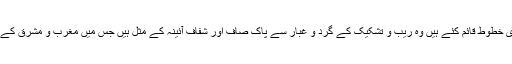
انہوں نے شعر و ادب کے جو ادبی معیارات اور تنقیدی خطوط قائم کئے ہیں وہ ریب و تشکیک کے گرد و غبار سے پاک صاف اور شفاف آئینہ کے مثل ہیں جس میں مغرب و مشرق کے ناقدین اپنے بگڑے خد و خال بخوبی دیکھ سکتے ہیں۔